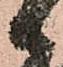
日